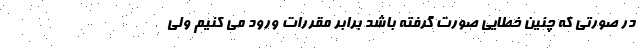
در صورتی که چنین خطایی صورت گرفته باشد برابر مقررات ورود می کنیم ولی